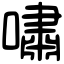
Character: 嘯